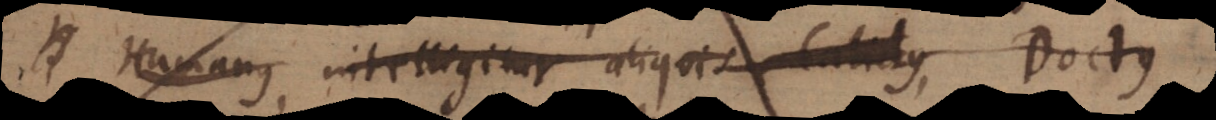
Humanus, intelligitur aliquis Calidus, Doctus,